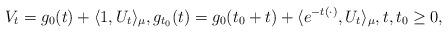
LaTeX: \begin{align*}V_t= g_0(t) + \langle 1, U_t \rangle_{\mu}, g_{t_0}(t) = g_0(t_0+t) + \langle e^{-t(\cdot)}, U_t \rangle_{\mu}, t,t_0 \geq 0, \end{align*}